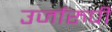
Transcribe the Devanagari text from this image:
उर्जारुपी